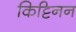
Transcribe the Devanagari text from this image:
किट्टिनन